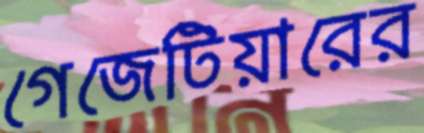
গেজেটিয়ারের